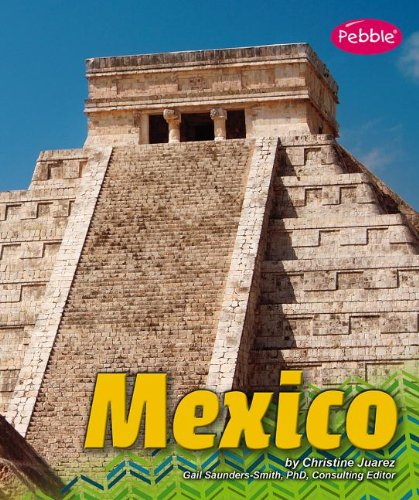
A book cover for Mexico (Countries); Christine Juarez; Children's Books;